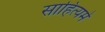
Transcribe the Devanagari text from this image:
साहित्यमें